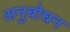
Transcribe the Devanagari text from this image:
अनुबोधन